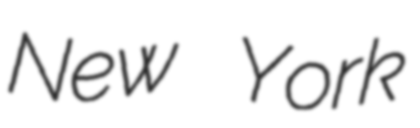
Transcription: New York